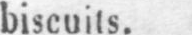
biscuits.